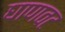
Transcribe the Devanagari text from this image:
घाणवट